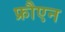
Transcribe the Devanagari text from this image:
फ्रौएन